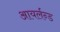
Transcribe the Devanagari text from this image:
आयर्लन्ड